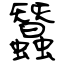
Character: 蠶